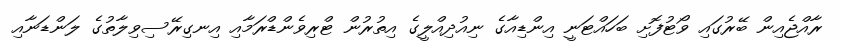
ރާއްޖެއިން ބޭރުގައި ވޯޓުފޮށި ބަހައްޓަނީ އިންޑިއާގެ ނިއުދިއްލީގެ އިތުރުން ޓްރިވެންޑްރަމާއި އިނގިރޭސިވިލާތުގެ ލަންޑަނާއި